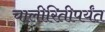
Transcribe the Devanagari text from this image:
चालीरितीपर्यंत